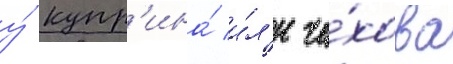
у́ купр'ина́ и́л'и че́хова